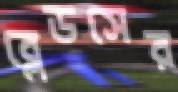
ব্লেডসের